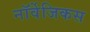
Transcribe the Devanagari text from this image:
नॉर्वेजिकस